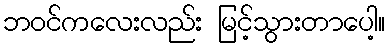
ဘဝင်ကလေးလည်း မြင့်သွားတာပေါ့။